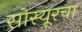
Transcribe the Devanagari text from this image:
सोस्यूरचा